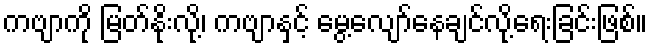
ကဗျာကို မြတ်နိုးလို့၊ ကဗျာနှင့် မွေ့လျော်နေချင်လို့ရေးခြင်းဖြစ်။